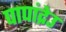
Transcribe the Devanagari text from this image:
पापांद्रेउ